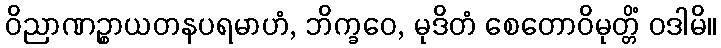
ဝိညာဏဉ္စာယတနပရမာဟံ, ဘိက္ခဝေ, မုဒိတံ စေတောဝိမုတ္တိံ ဝဒါမိ။